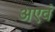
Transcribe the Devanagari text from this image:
अएवं